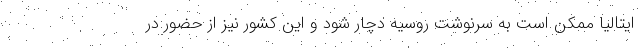
ایتالیا ممکن است به سرنوشت روسیه دچار شود و این کشور نیز از حضور در